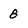
Character: 8